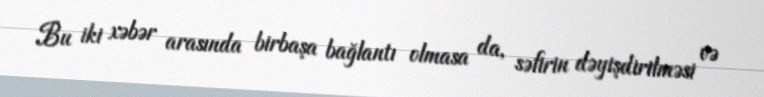
Bu iki xəbər arasında birbaşa bağlantı olmasa da, səfirin dəyişdirilməsi və